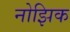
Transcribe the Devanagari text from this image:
नोझिक